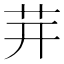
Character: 茾